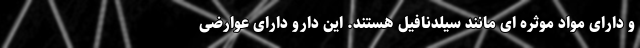
و دارای مواد موثره ای مانند سیلدنافیل هستند. این دارو دارای عوارضی